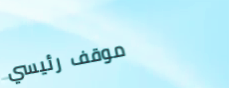
موقف رئيسي